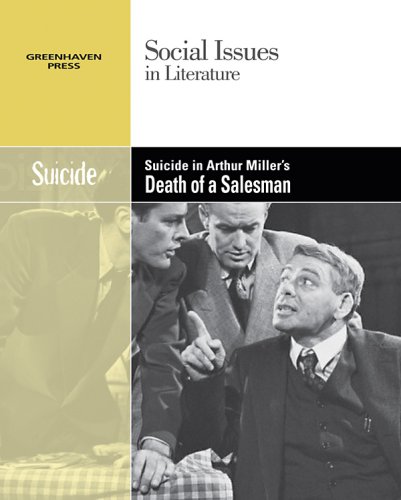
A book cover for Suicide in Arthur Miller's the Death of a Salesman (Social Issues in Literature); Alicia Cafferty Lerner; Teen & Young Adult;